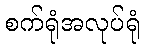
စက်ရုံအလုပ်ရုံ